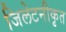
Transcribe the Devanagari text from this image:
जिलेटनीकृत